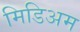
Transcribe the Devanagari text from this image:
मिडिअम